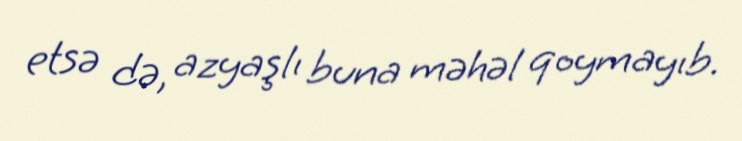
etsə də, azyaşlı buna məhəl qoymayıb.